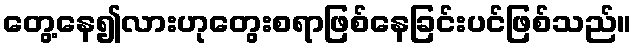
တွေ့နေ၍လားဟုတွေးစရာဖြစ်နေခြင်းပင်ဖြစ်သည်။